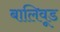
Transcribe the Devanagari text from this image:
बालिवूड